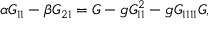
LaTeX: \alpha { \cal G } _ { 1 1 } - \beta { \cal G } _ { 2 1 } = { \cal G } - g { \cal G } _ { 1 1 } ^ { 2 } - g { \cal G } _ { 1 1 1 1 } { \cal G } ,